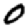
Digit: 0